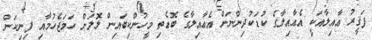
ފަޤީރު ޢާއިލާއަކީ އެޢާއިލާގެ ކުޑަކުދިންނަށް އެޢާއިލާގެ ބޮޑެތި މީހުންކިބައިން ލޮލަށް ހަމަޖެހުމާއި ފިނިކަން